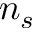
n _ { s }